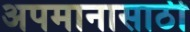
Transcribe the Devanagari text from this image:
अपमानासाठी